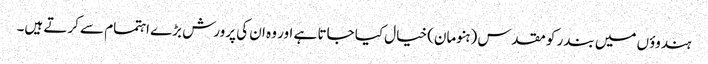
ہندوؤں میں بندر کو مقدس (ہنومان) خیال کیا جاتا ہے اور وہ ان کی پرورش بڑے اہتمام سے کرتے ہیں۔